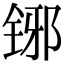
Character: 铘